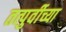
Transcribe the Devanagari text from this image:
तत्पुर्वीच्या